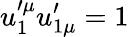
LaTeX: u_{1}^{\prime\mu}u_{1\mu}^{\prime}=1